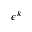
\epsilon ^ { k }